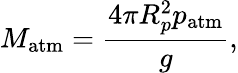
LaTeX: M_{\mathrm{atm}}=\frac{4\pi R_{p}^{2}p_{\mathrm{atm}}}{g},